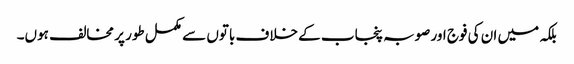
بلکہ میں ان کی فوج اور صوبہ پنجاب کے خلاف باتوں سے مکمل طور پر مخالف ہوں۔